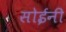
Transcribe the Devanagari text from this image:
सोईनी